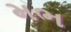
મભ